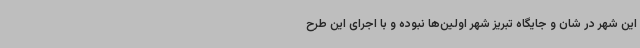
این شهر در شان و جایگاه تبریز شهر اولین‌ها نبوده و با اجرای این طرح